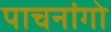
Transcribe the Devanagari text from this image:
पाचनांगो